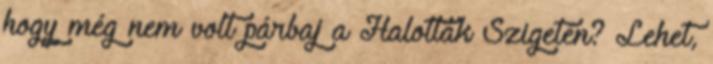
hogy még nem volt párbaj a Halottak Szigetén? Lehet,